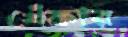
খেঁকার